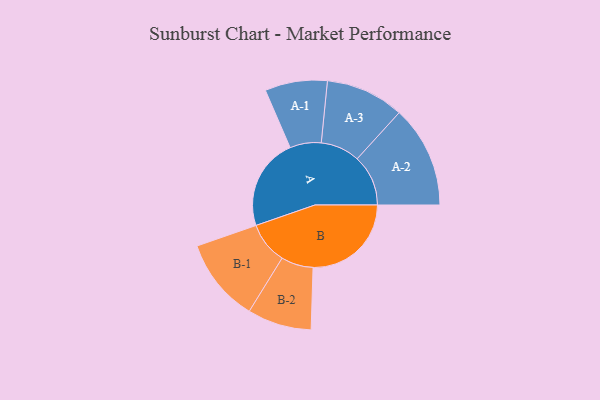
{"axis": {"x": "Segment", "y": "Value"}, "legend": ["", "A", "B"], "data": [{"x": "A", "y": 412, "type": ""}, {"x": "B", "y": 441, "type": ""}, {"x": "A-1", "y": 140, "type": "A"}, {"x": "A-2", "y": 229, "type": "A"}, {"x": "A-3", "y": 176, "type": "A"}, {"x": "B-1", "y": 188, "type": "B"}, {"x": "B-2", "y": 144, "type": "B"}]}